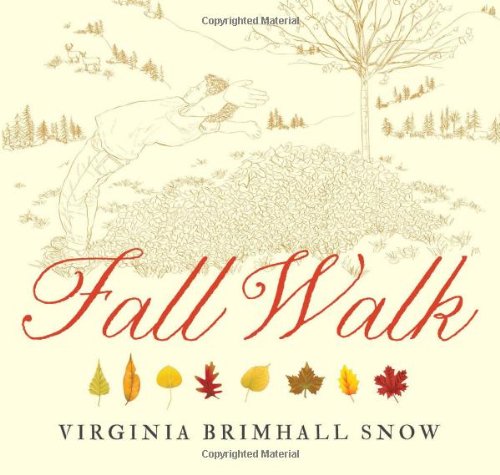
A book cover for Fall Walk; Virginia Brimhall Snow; Children's Books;